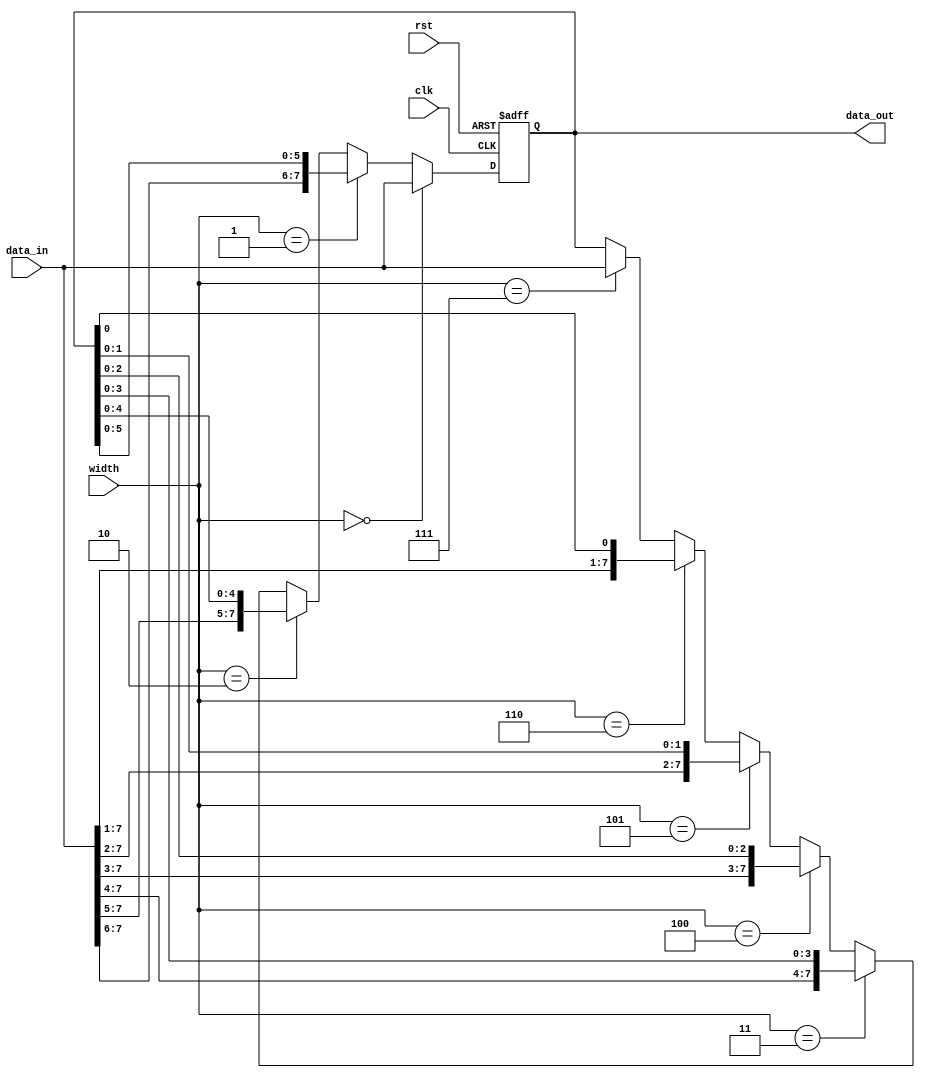
module timing_control_sync_block (
    input wire clk,
    input wire rst,
    input wire [7:0] data_in,
    input wire [2:0] width,
    output wire [7:0] data_out
);

reg [7:0] bypass_reg;

always @(posedge clk or posedge rst) begin
    if (rst) begin
        bypass_reg <= 8'b0;
    end else begin
        if (width == 3'b000) begin
            bypass_reg <= data_in;
        end else if (width == 3'b001) begin
            bypass_reg <= {data_in[7:6], bypass_reg[5:0]};
        end else if (width == 3'b010) begin
            bypass_reg <= {data_in[7:5], bypass_reg[4:0]};
        end else if (width == 3'b011) begin
            bypass_reg <= {data_in[7:4], bypass_reg[3:0]};
        end else if (width == 3'b100) begin
            bypass_reg <= {data_in[7:3], bypass_reg[2:0]};
        end else if (width == 3'b101) begin
            bypass_reg <= {data_in[7:2], bypass_reg[1:0]};
        end else if (width == 3'b110) begin
            bypass_reg <= {data_in[7:1], bypass_reg[0]};
        end else if (width == 3'b111) begin
            bypass_reg <= data_in;
        end
    end
end

assign data_out = bypass_reg;

endmodule